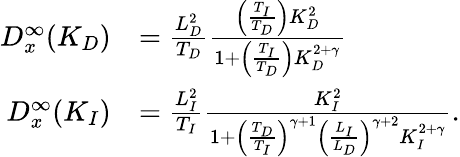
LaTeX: \begin{array}{rl}{D_{x}^{\infty}(K_{D})}&{=\frac{L_{D}^{2}}{T_{D}}\frac{\left(\frac{T_{I}}{T_{D}}\right)K_{D}^{2}}{1+\left(\frac{T_{I}}{T_{D}}\right)K_{D}^{2+\gamma}}}\\ {D_{x}^{\infty}(K_{I})}&{=\frac{L_{I}^{2}}{T_{I}}\frac{K_{I}^{2}}{1+\left(\frac{T_{D}}{T_{I}}\right)^{\gamma+1}\left(\frac{L_{I}}{L_{D}}\right)^{\gamma+2}K_{I}^{2+\gamma}}.}\end{array}